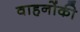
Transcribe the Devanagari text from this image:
वाहनोंकी